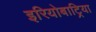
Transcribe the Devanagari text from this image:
इरियोबाट्रिया